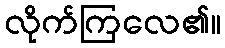
လိုက်ကြလေ၏။